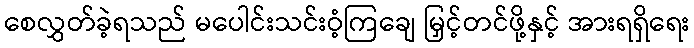
စေလွှတ်ခဲ့ရသည် မပေါင်းသင်းဝံ့ကြချေ မြှင့်တင်ဖို့နှင့် အားရရှိရေး